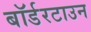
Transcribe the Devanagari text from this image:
बॉर्डरटाउन